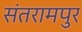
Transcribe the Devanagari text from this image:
संतरामपुर